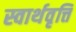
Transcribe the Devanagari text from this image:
स्वार्थवृत्ति